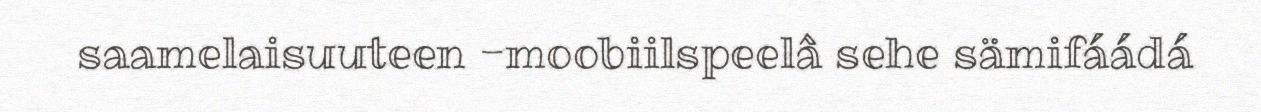
saamelaisuuteen -moobiilspeelâ sehe sämifáádá